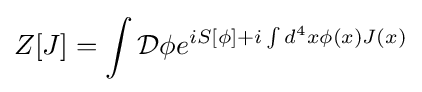
Z[J]=\int {\mathcal {D}}\phi e^{iS[\phi ]+i\int d^{4}x\phi (x)J(x)}